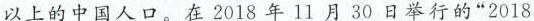
以上的中国人口。在2018年11月30日举行的”2018